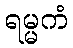
ရမ္မကံ